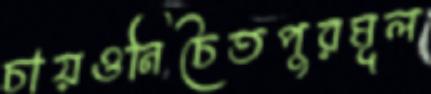
চায়ওনিচৈতপুরমূল